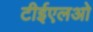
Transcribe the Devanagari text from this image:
टीईएलओ